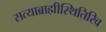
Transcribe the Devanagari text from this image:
सत्याब्राह्मीस्थितिरिव